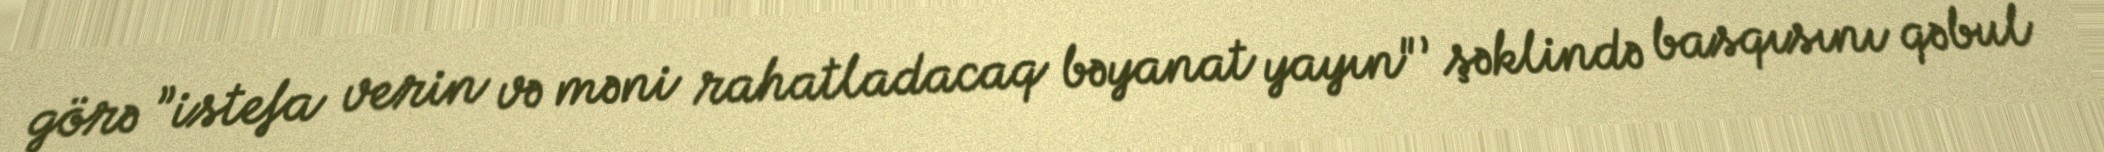
görə ”istefa verin və məni rahatladacaq bəyanat yayın"’ şəklində basqısını qəbul